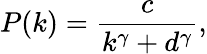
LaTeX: P(k)=\frac{c}{k^{\gamma}+d^{\gamma}},